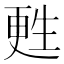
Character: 甦